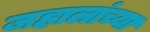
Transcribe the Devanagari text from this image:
जहालांच्या